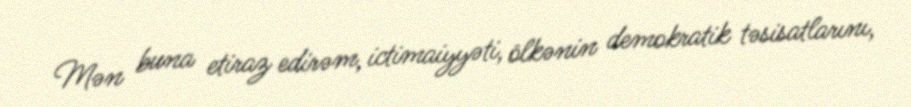
Mən buna etiraz edirəm, ictimaiyyəti, ölkənin demokratik təsisatlarını,